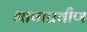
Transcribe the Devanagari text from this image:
भाषाप्रवीण